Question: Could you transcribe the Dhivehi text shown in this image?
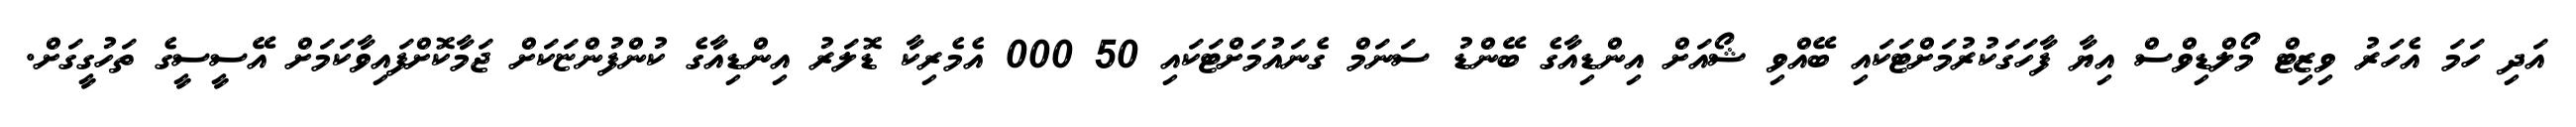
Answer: އަދި ހަމަ އެހަރު ވިޒިޓް މޯލްޑިވްސް އިޔާ ފާހަގަކުރުމަށްޓަކައި ބޭއްވި ޝޯއަށް އިންޑިއާގެ ބޭންޑު ސަނަމް ގެނައުމަށްޓަކައި 50 000 އެމެރިކާ ޑޮލަރު އިންޑިއާގެ ކުންފުންޏަކަށް ޖަމާކޮށްފައިވާކަމަށް އޭސީސީގެ ތަހުގީގަށް.